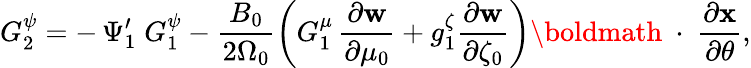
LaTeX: G_{2}^{\psi}=-\, \Psi_{1}^{\prime}\; G_{1}^{\psi}-\frac{B_{0}}{2\Omega_{0}}\left(G_{1}^{\mu}\, \frac{\partial\mathbf w}{\partial\mu_{0}}+g_{1}^{\zeta}\frac{\partial\mathbf w}{\partial\zeta_{0}}\right)\mathrm{\boldmath~\cdot~}\frac{\partial\mathbf x}{\partial\theta},